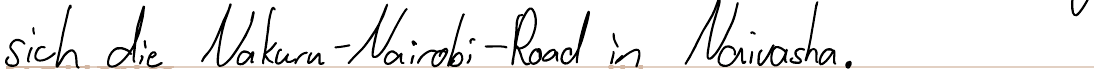
sich die Nakura-Nairobi-Road in Naivasha.